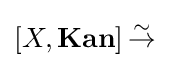
[X,{\textbf {Kan}}]\,{\overset {\sim }{\to }}